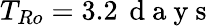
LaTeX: T_{Ro}=3.2\, \mathrm{~d~a~y~s~}